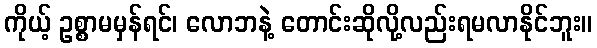
ကိုယ့် ဥစ္စာမမှန်ရင်၊ လောဘနဲ့ တောင်းဆိုလို့လည်းရမလာနိုင်ဘူး။